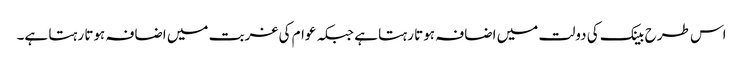
اس طرح بینک کی دولت میں اضافہ ہوتا رہتا ہے جبکہ عوام کی غربت میں اضافہ ہوتا رہتا ہے۔